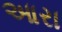
આરા